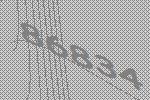
86834